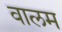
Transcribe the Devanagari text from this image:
वालम